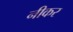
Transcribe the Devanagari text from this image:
नीकर